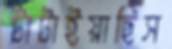
টাটাইয়াছিস